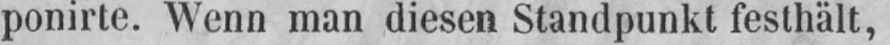
ponirte. Wenn man diesen Standpunkt festhält,